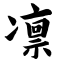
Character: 凛